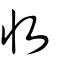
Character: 収